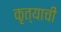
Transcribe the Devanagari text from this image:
कृत्याची